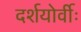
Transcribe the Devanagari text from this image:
दर्शयोर्वीः